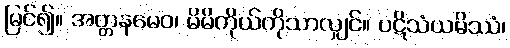
မြင်၍။ အတ္တနမေဝ၊ မိမိကိုယ်ကိုသာလျှင်။ ပဋိသံယမိဿံ၊